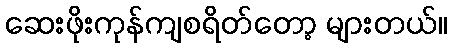
ဆေးဖိုးကုန်ကျစရိတ်တော့ များတယ်။